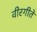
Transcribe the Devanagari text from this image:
वीरगीते